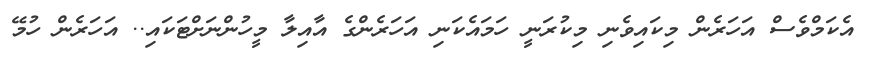
އެކަމްވެސް އަހަރެން މިކައިވެނި މިކުރަނީ ހަމައެކަނި އަހަރެންގެ އާއިލާ މީހުންނަށްޓަކައި.. އަހަރެން ހުމޭ